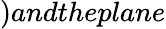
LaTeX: )andtheplane